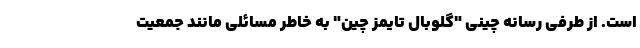
است. از طرفی رسانه‌ چینی "گلوبال تایمز چین" به خاطر مسائلی مانند جمعیت